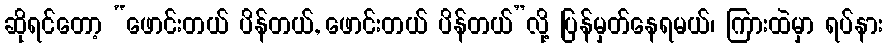
ဆိုရင်တော့ “ဖောင်းတယ် ပိန်တယ်, ဖောင်းတယ် ပိန်တယ်”လို့ ပြန်မှတ်နေရမယ်၊ ကြားထဲမှာ ရပ်နား